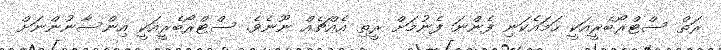
ރަތް ސްޓްރޯބެރީއަކީ ހަމައެކަނި ފެންނަ ފެނުމަށް ރީތި އެއްޗެއް ނޫނެވެ. ސްޓްރޯބެރީއަކީ އިންސާނުންނަށް